Annual report on the working of the mental hospitals in the Madras Presidency - 1912-1932
Year: 1912
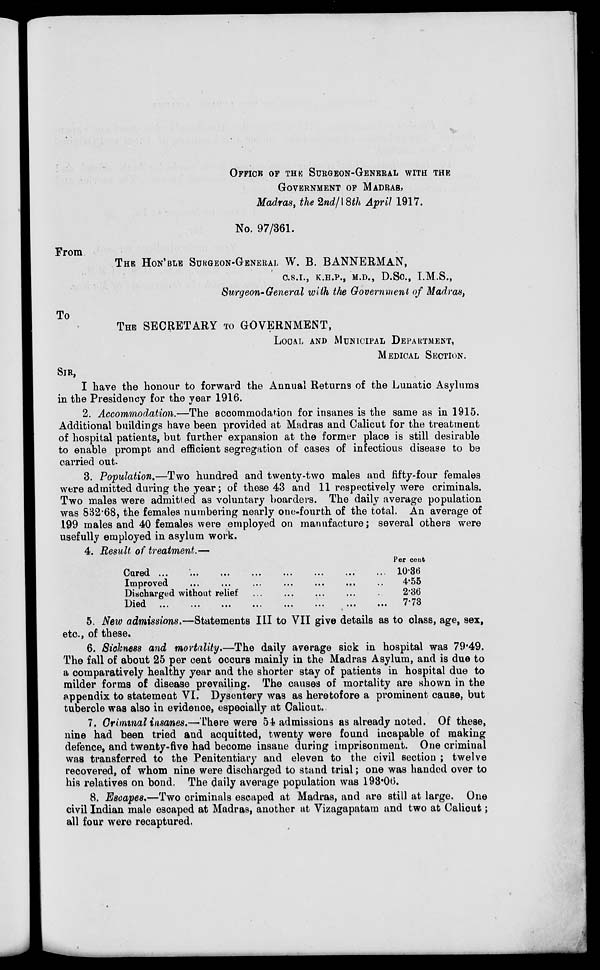
OFFICE OF THE SURGEON-GENERAL WITH THE
GOVERNMENT
OF
MADRAS,
Madras, the 2nd/18th April 1917.
No. 97/361.
From
THE HON'BLE SURGEON-GENERAL W. B. BANNERMAN,
C.S.I., K.H.P., M.D., D.Sc., I.M.S.,
Surgeon-General with the Government of Madras,
To
THE SECRETARY TO GOVERNMENT,
LOCAL AND MUNICIPAL DEPARTMENT,
MEDICAL SECTION.
SIR,
I have the honour to forward the Annual Returns of the Lunatic Asylums
in the Presidency for the year 1916.
2. Accommodation.—The accommodation for insanes is the same as in 1915.
Additional buildings have been provided at Madras and Calicut for the treatment
of hospital patients, but further expansion at the former place is still desirable
to enable prompt and efficient segregation of cases of infectious disease to be
carried out.
3. Population.—Two hundred and twenty-two males and fifty-four females
were admitted during the year; of these 43 and 11 respectively were criminals.
Two males were admitted as voluntary boarders. The daily average population
was 832.68, the females numbering nearly one-fourth of the total. An average of
199 males and 40 females were employed on manufacture; several others were
usefully employed in asylum work.
4. Result of treatment.—
Cured
...
...
...
...
...
...
...
...
Improved ... ... ... ... ... ... ...
Discharged without relief
... ... ... ... ...
Died ...
...
...
...
...
...
...
...
Per cent
10.36
4.55
2.36
7.73
5. New admissions.—Statements III to VII give details as to class, age, sex,
etc., of these.
6. Sickness and mortality.—The daily average sick in hospital was 79.49.
The fall of about 25 per cent occurs mainly in the Madras Asylum, and is due to
a comparatively healthy year and the shorter stay of patients in hospital due to
milder forms of disease prevailing. The causes of mortality are shown in the
appendix to statement VI. Dysentery was as heretofore a prominent cause, but
tubercle was also in evidence, especially at Calicut.
7. Criminal insanes.—There were 54 admissions as already noted. Of these,
nine had been tried and acquitted, twenty were found incapable of making
defence, and twenty-five had become insane during imprisonment. One criminal
was transferred to the Penitentiary and eleven to the civil section ; twelve
recovered, of whom nine were discharged to stand trial; one was handed over to
his relatives on bond. The daily average population was 193.06.
8. Escapes.—Two criminals escaped at Madras, and are still at large. One
civil Indian male escaped at Madras, another at Vizagapatam and two at Calicut ;
all four were recaptured.